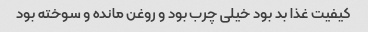
کیفیت غذا بد بود خیلی چرب بود و روغن مانده و سوخته بود